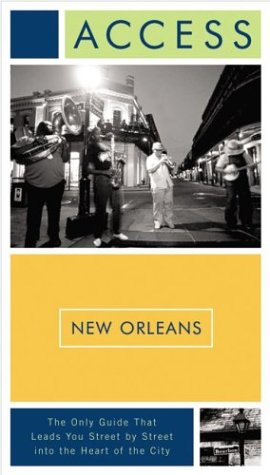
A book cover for Access New Orleans 6e; Access Press; Travel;